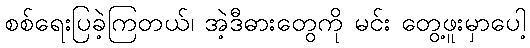
စစ်ရေးပြခဲ့ကြတယ်၊ အဲ့ဒီဓားတွေကို မင်း တွေ့ဖူးမှာပေါ့